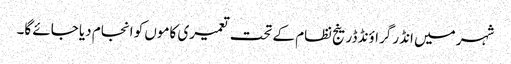
شہر میں انڈر گراؤنڈ ڈرینج نظام کے تحت تعمیری کاموں کو انجام دیا جائے گا۔